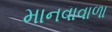
માનવાવાળા